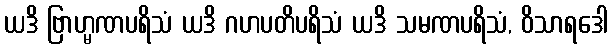
ယဒိ ဗြာဟ္မဏပရိသံ ယဒိ ဂဟပတိပရိသံ ယဒိ သမဏပရိသံ, ဝိသာရဒေါ